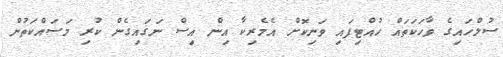
ސުލްހައިގެ ވާހަކަތައް ހުއްޓިފައި ވަނިކޮށް އެމެރިކާ އިން އިސް ނަގައިގެން ކުރި މަސައްކަތުން